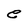
Character: e